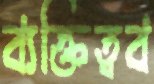
ব্যক্তিত্বব